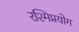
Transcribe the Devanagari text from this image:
रश्मिप्रयोग